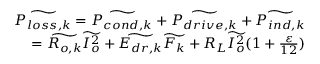
\begin{array} { r } { \widetilde { P _ { l o s s , k } } = \widetilde { P _ { c o n d , k } } + \widetilde { P _ { d r i v e , k } } + \widetilde { P _ { i n d , k } } } \\ { = \widetilde { R _ { o , k } } \widetilde { I _ { o } ^ { 2 } } + \widetilde { E _ { d r , k } } \widetilde { F _ { k } } + R _ { L } \widetilde { I _ { o } ^ { 2 } } ( 1 + \frac { \varepsilon } { 1 2 } ) } \end{array}